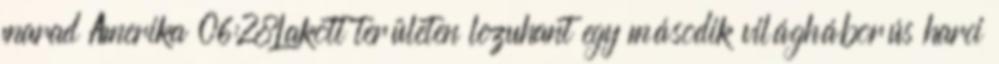
marad Amerika 06:28Lakott területen lezuhant egy második világháborús harci